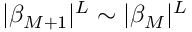
| \beta _ { M + 1 } | ^ { L } \sim | \beta _ { M } | ^ { L }